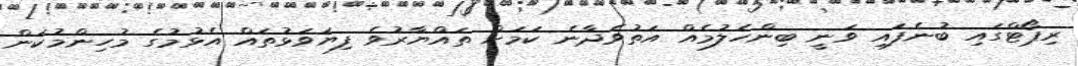
ރިޕޯޓްގައި ބުނެފައި ވަނީ ބިންހެލުމެއް އަތުވެދާނެ ކަމަށް ތައްޔާރުވެ ފިޔަވަޅުތައް އެޅުމުގެ މުހިންމުކަން